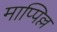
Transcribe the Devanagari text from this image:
माप्पिल्ल